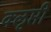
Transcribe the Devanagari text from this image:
क्‍ऌप्ती